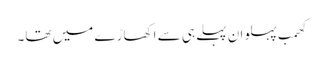
کھمب پہلوان پہلے ہی سے اکھاڑے میں تھا۔